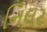
નિલર